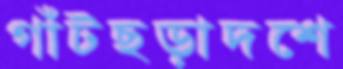
গাঁটছড়াদশে